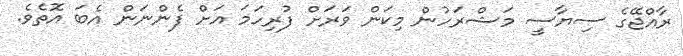
ރާއްޖޭގެ ސިޔާސީ މަޝްރަހުން މިކަން ވަރަށް ފުރިހަމަ އަށް ފެންނަން އެބަ އޮތެވެ.